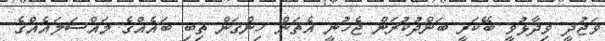
ވަޖުދީ ވިދާޅުވީ ބޭކަރީ ބަންދުކުރަން ޖެހުނީ އެތަން ހިންގަން ތިބި ބައެއްގެ މައްސަލައެއްގެ